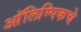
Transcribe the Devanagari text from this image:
आॅलिम्पिकचे